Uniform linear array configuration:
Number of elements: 8
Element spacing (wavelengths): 1
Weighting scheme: hamming
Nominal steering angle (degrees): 0
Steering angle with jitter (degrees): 1.887
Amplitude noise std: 0.05
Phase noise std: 0.05

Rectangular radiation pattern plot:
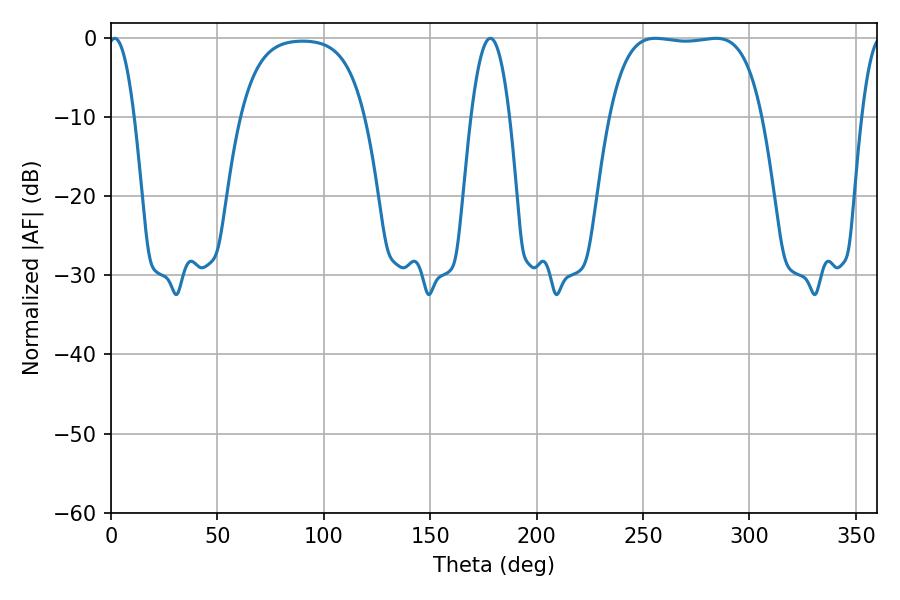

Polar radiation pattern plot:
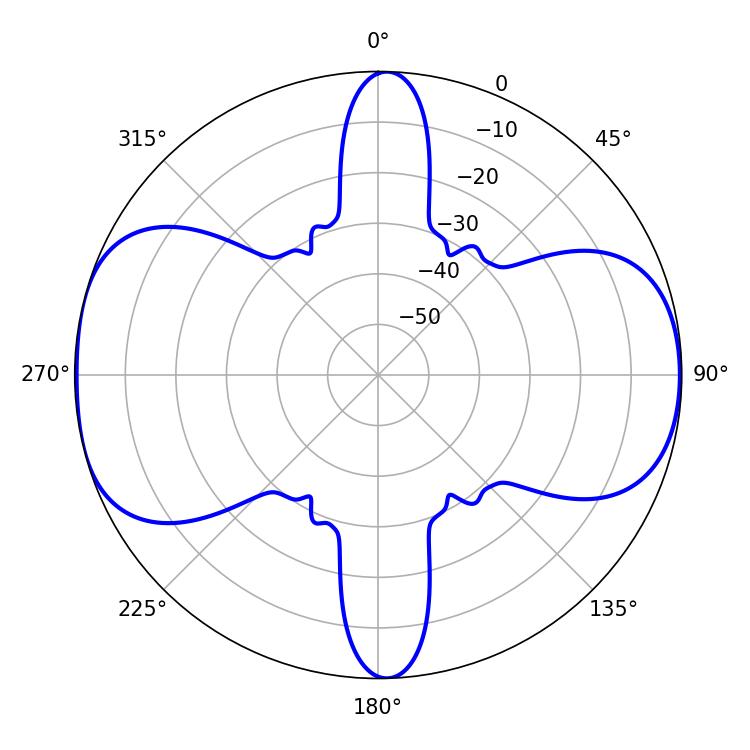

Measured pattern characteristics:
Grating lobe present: TRUE
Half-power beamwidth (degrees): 56.16
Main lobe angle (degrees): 255.78